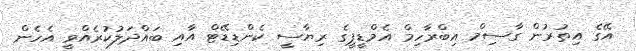
އޭގެ އިތުރުން ގާސިމް އިބްރާހިމް އެމްޑީޕީގެ ރިޔާސީ ކެންޑިޑޭޓް އާއި ބައްދަލުކުރެއްވީ އެހެން